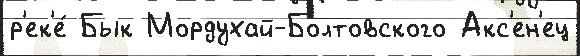
р'ек'е́ Бык Мордухай-Болтовского Акс'ен'ец